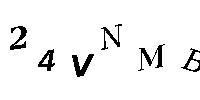
24VNMB